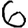
Digit: 6